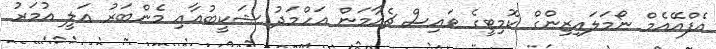
އެފްއޭއެމް ނޯމަލައިޒިންގް ކޮމިޓީގެ ވައިސް ޗެއާމަން އަހްމަދު ޝަކީބުއާއި މެންބަރު އަލީ އުމަރު